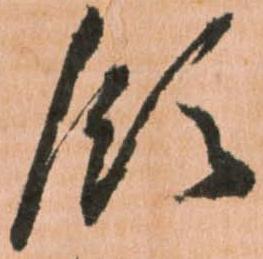
領